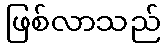
ဖြစ်လာသည်